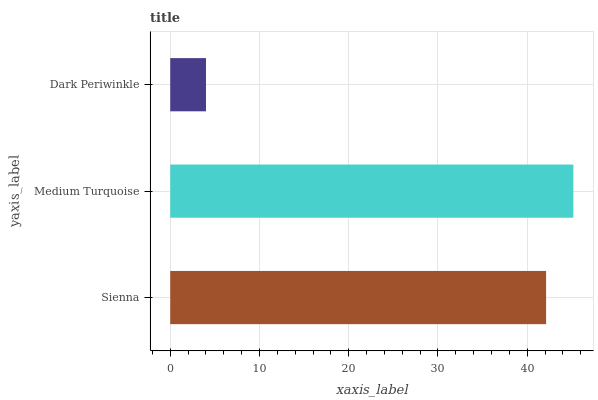
| yaxis_label | bars |
 | --- | --- |
 | Sienna | 42.1 |
 | Medium Turquoise | 45.2 |
 | Dark Periwinkle | 4.01 |